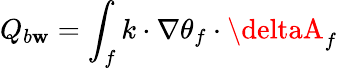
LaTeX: Q_{b\mathbf{w}}=\int_{f}k\cdot\nabla\theta_{f}\cdot\deltaA_{f}